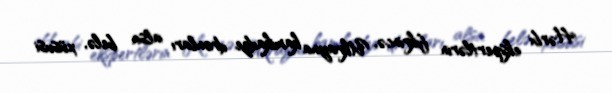
Hərbi ekspertlərin fikrincə, Ukrayna kamikadze dronları alsa belə, xüsusi